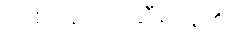
တစ်ဖန်ဖျက်ဆီးပြန်၏။